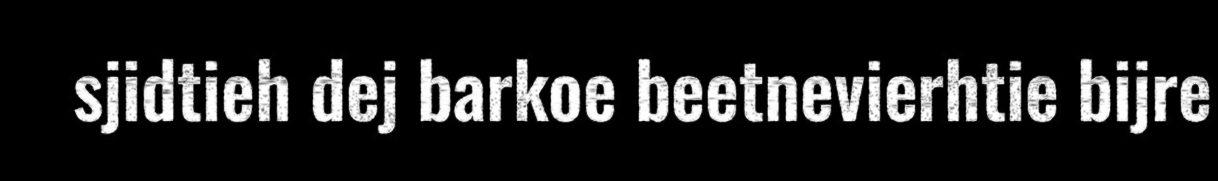
sjidtieh dej barkoe beetnevierhtie bijre